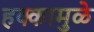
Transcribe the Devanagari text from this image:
हक्कामुळे